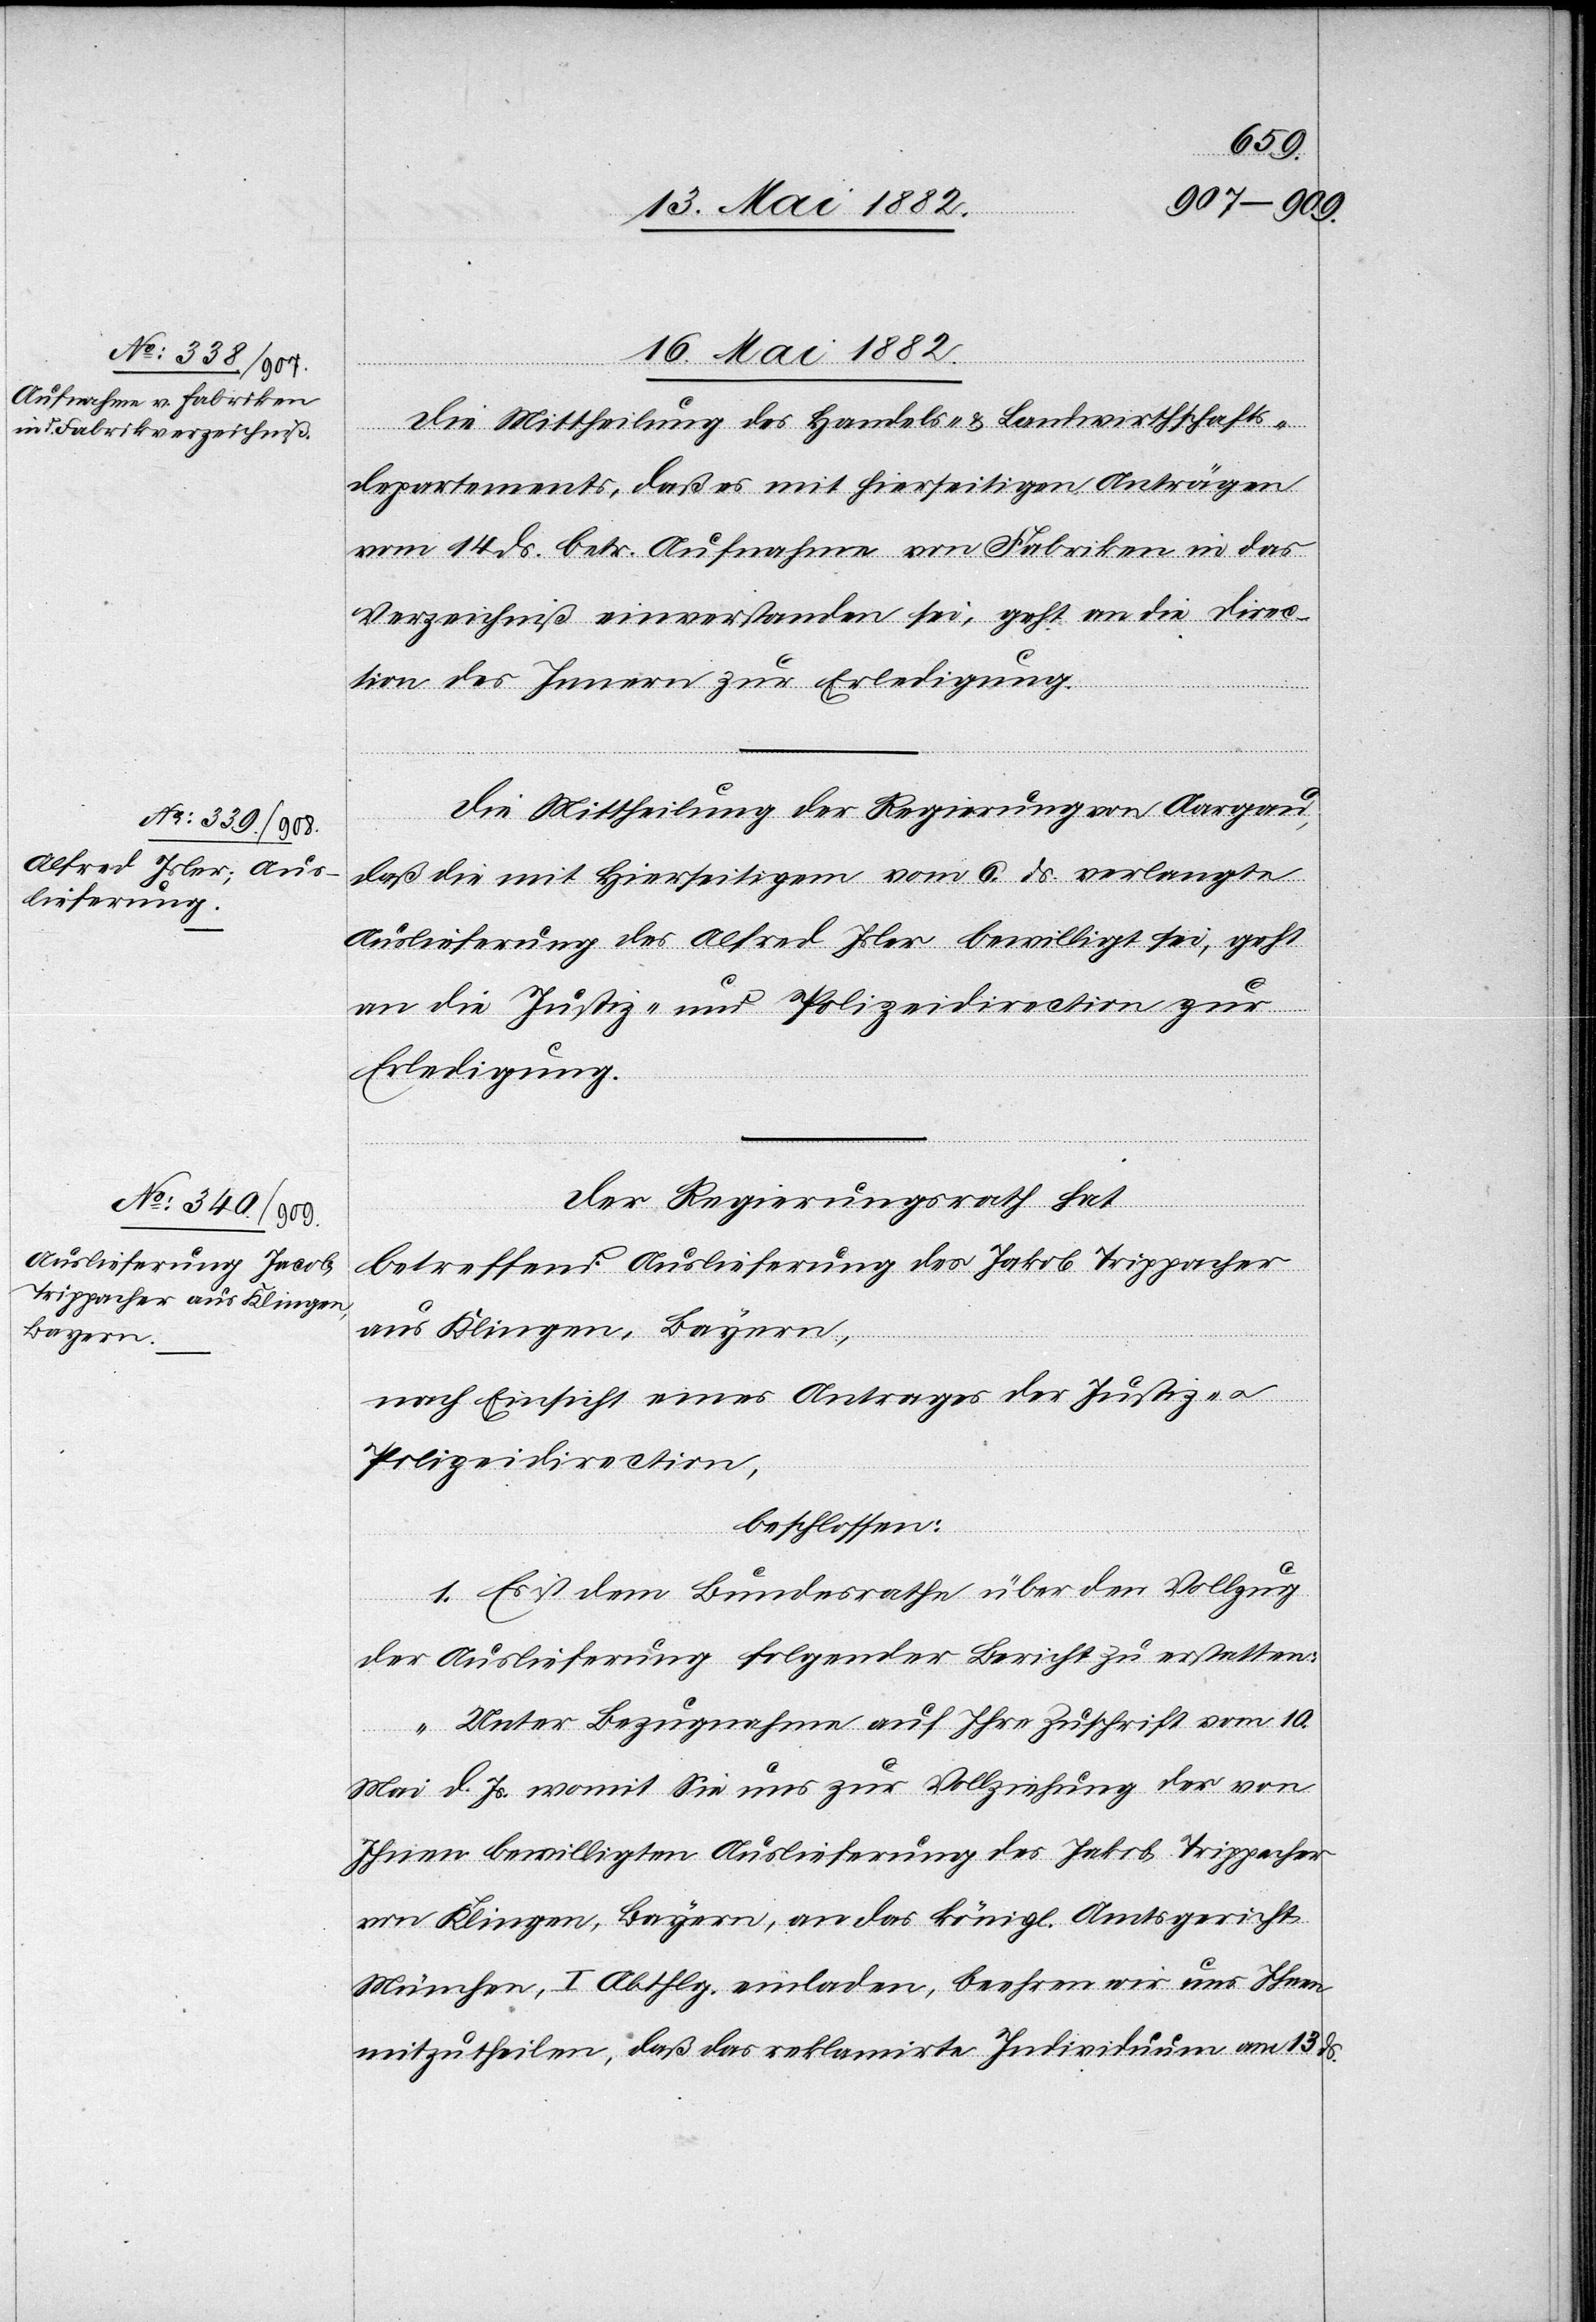
16. Mai 1882.]
Die Mittheilung des Handels- & Landwirthschafts¬
departements, daß es mit hierseitigen Anträgen
vom 14. d. Js. betr. Aufnahme von Fabriken in das
Verzeichniß einverstanden sei, geht an die Direc¬
tion des Innern zur Erledigung.
Die Mittheilung der Regierung von Aargau,
daß die mit Hierseitigem vom 6. ds. verlangte
Auslieferung des Alfred Isler bewilligt sei, geht
an die Justiz- und Polizeidirection zur
Erledigung.
Der Regierungsrath hat,
betreffend Auslieferung des Jakob [sic!] Trippacher
aus Klingen, Bayern,
nach Einsicht eines Antrages der Justiz- u.
Polizeidirection,
beschlossen:
1. Es ist dem Bundesrathe über den Vollzug
der Auslieferung folgender Bericht zu erstatten:
„Unter Bezugnahme auf Ihre Zuschrift vom 10.
Mai d. Js. womit Sie uns zur Vollziehung der von
Ihnen bewilligten Auslieferung des Jakob Trippacher
von Klingen, Bayern, an das königl. Amtsgericht
München, I. Abthlg. einladen, beehren wir uns Ihnen
mitzutheilen, daß das reklamirte Individuum am 13.